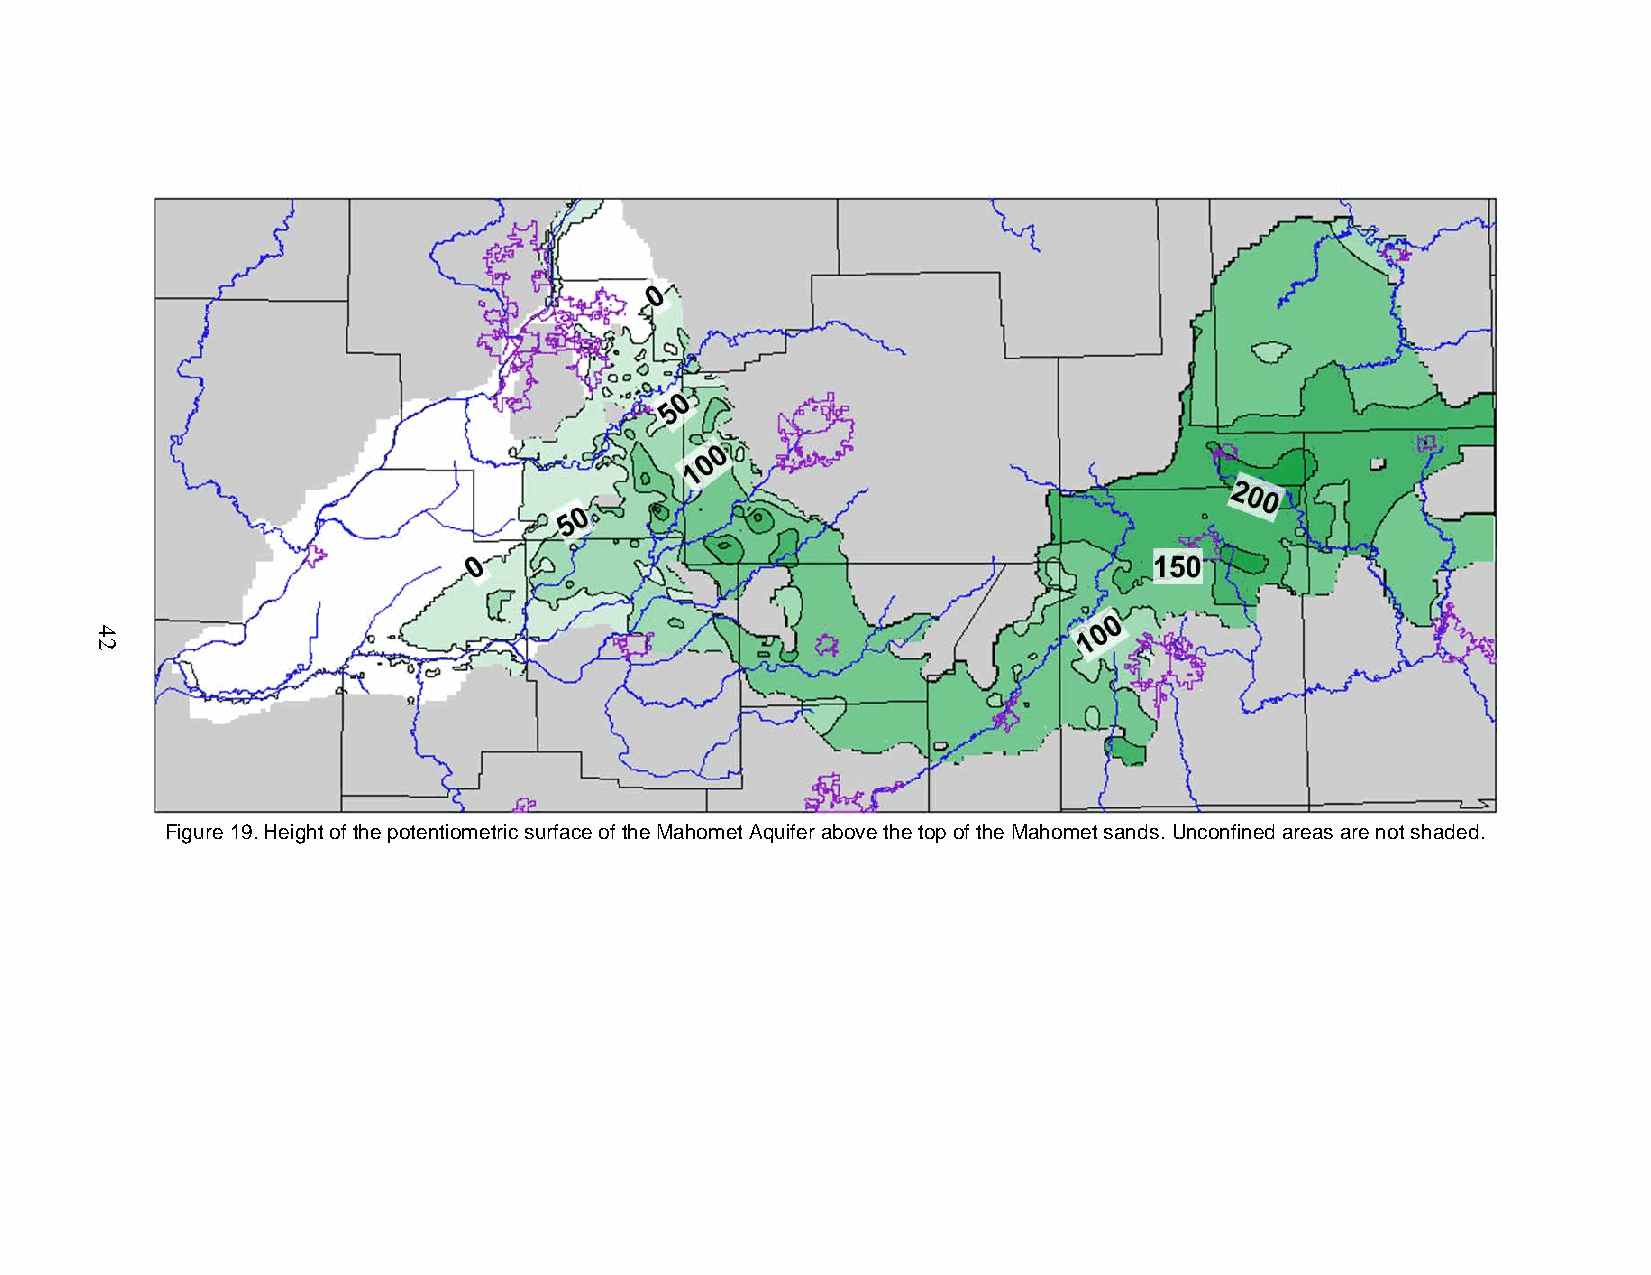
Figure 19. Height of the potentiometric surface of the Mahomet Aquifer above the top of the Mahomet sands. Unconfined areas are not shaded.
 42